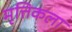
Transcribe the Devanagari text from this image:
मृत्तिकला